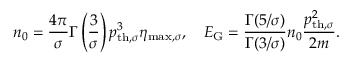
n _ { 0 } = \frac { 4 \pi } { \sigma } \Gamma \left( \frac { 3 } { \sigma } \right) p _ { \mathrm { t h , } \sigma } ^ { 3 } \eta _ { \mathrm { m a x , } \sigma } , \quad E _ { \mathrm { G } } = \frac { \Gamma ( 5 / \sigma ) } { \Gamma ( 3 / \sigma ) } n _ { 0 } \frac { p _ { \mathrm { t h , } \sigma } ^ { 2 } } { 2 m } .